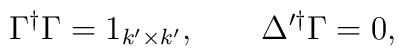
\Gamma^\dag\Gamma=1_{k'\times k'},\qquad\Delta'^\dag\Gamma=0,